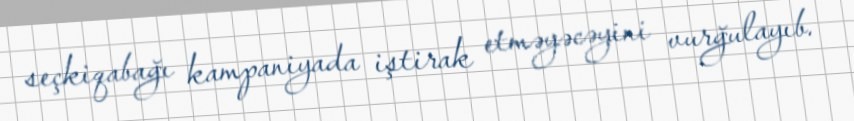
seçkiqabağı kampaniyada iştirak etməyəcəyini vurğulayıb.